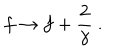
LaTeX: f \rightarrow f + \frac { 2 } { \gamma } ~ .